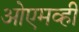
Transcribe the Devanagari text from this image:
ओएमव्ही